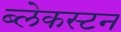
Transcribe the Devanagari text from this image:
ब्लेकस्टन